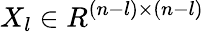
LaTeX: X_{l}\in R^{(n-l)\times(n-l)}